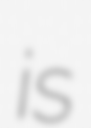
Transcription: is